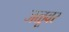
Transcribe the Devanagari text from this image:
जळूवर